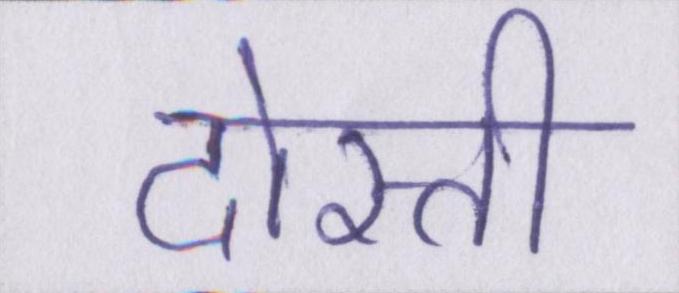
दोस्ती